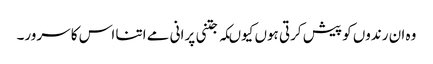
وہ ان رندوں کو پیش کرتی ہوں کیوںکہ جتنی پرانی مے اتنا اس کا سرور۔